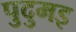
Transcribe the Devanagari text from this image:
पुदुमइ